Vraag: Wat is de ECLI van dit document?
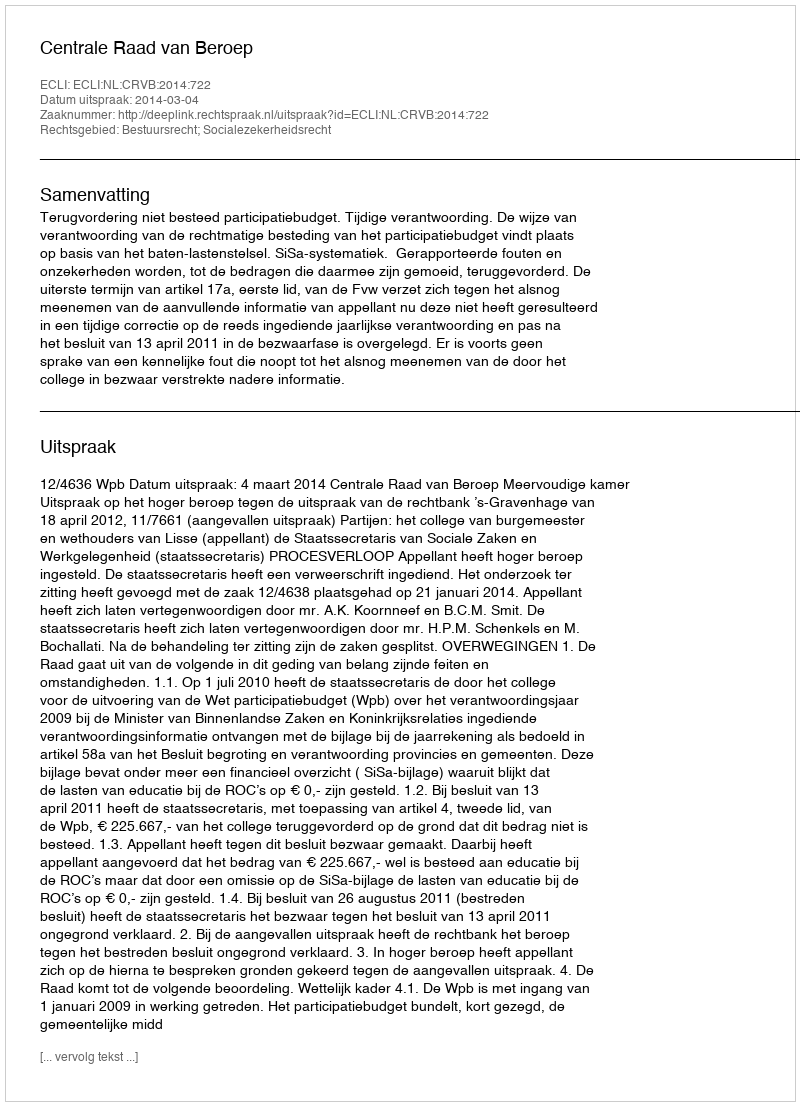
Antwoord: ECLI:NL:CRVB:2014:722